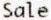
SALE